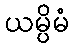
ယမ္ပိမံ